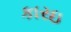
કારઇ